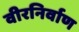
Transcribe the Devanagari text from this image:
वीरनिर्वाण